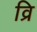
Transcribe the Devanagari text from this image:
व्रि